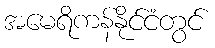
အမေရိကန်နိုင်ငံတွင်